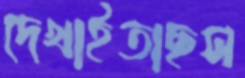
দেখাইতাছস